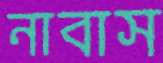
নাবাস